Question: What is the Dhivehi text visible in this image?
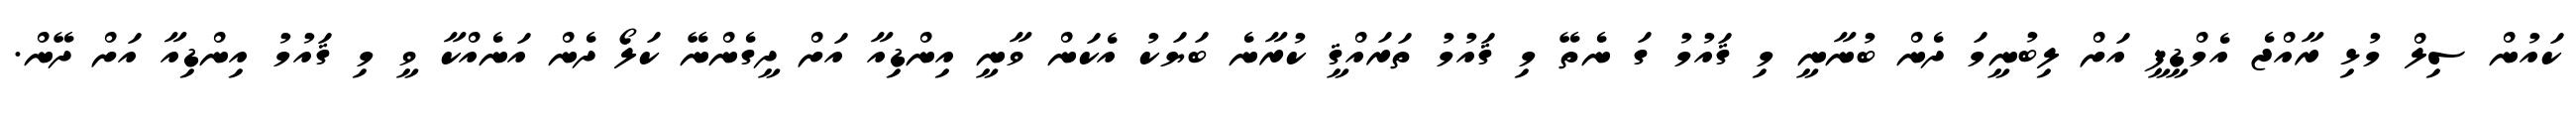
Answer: ކައުން ސިލް މުޅި ރާއްޖެ އެމްޑީޕީ އަށް ލިބުނީމަ ދެން ބުނާނީ މި ޤައުމު ގަ ނެތޭ މި ޤައުމު ތަރައްޤީ ކުރާނެ ބަޔަކު އެކަން ވާނީ އިންޑިއާ އަށް ދީގެންނޭ ކަލޯ ދެން އަނެއްކާ ވީ މި ޤައުމު އިންޑިއާ އަށް ދޭން.